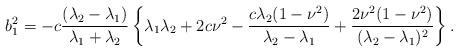
LaTeX: \begin{align*}b_{1}^{2}=-c\displaystyle\frac{(\lambda_{2}-\lambda_{1})}{\lambda_{1}+\lambda_{2}}\left\{\lambda_{1}\lambda_{2}+2c\nu^{2}-\displaystyle\frac{c\lambda_{2}(1-\nu^{2})}{\lambda_{2}-\lambda_{1}}+\displaystyle\frac{2\nu^{2}(1-\nu^{2})}{(\lambda_{2}-\lambda_{1})^{2}}\right\}.\end{align*}